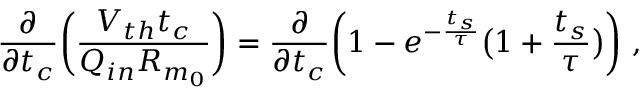
\frac { \partial } { \partial t _ { c } } \bigg ( \frac { V _ { t h } t _ { c } } { Q _ { i n } R _ { m _ { 0 } } } \bigg ) = \frac { \partial } { \partial t _ { c } } \bigg ( 1 - e ^ { - \frac { t _ { s } } { \tau } } \big ( 1 + \frac { t _ { s } } { \tau } \big ) \bigg ) ~ ,